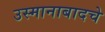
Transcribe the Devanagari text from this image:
उस्मानाबादचे